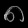
Digit: ၈